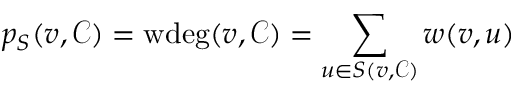
p _ { S } ( v , \mathcal { C } ) = \mathrm { w d e g } ( v , \mathcal { C } ) = \sum _ { u \in S ( v , \mathcal { C } ) } w ( v , u )